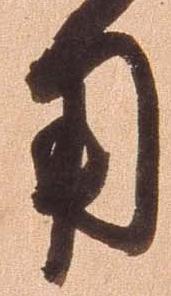
用